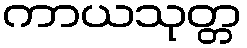
ကာယသုတ္တ